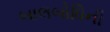
બાલબોધિની